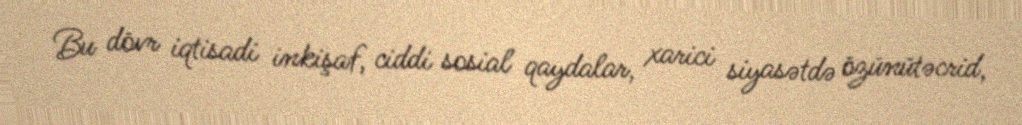
Bu dövr iqtisadi inkişaf, ciddi sosial qaydalar, xarici siyasətdə özünütəcrid,